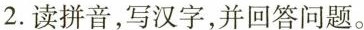
2.读拼音，写汉字，并回答问题。